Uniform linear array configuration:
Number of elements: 48
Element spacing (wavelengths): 1
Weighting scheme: hamming
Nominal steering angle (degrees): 15
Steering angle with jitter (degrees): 15.261
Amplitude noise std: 0.05
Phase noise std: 0.05

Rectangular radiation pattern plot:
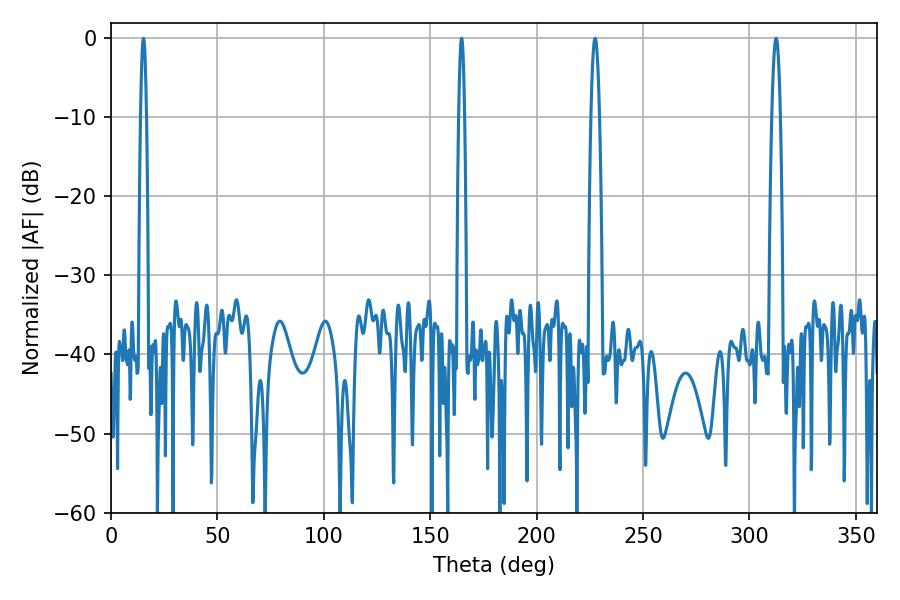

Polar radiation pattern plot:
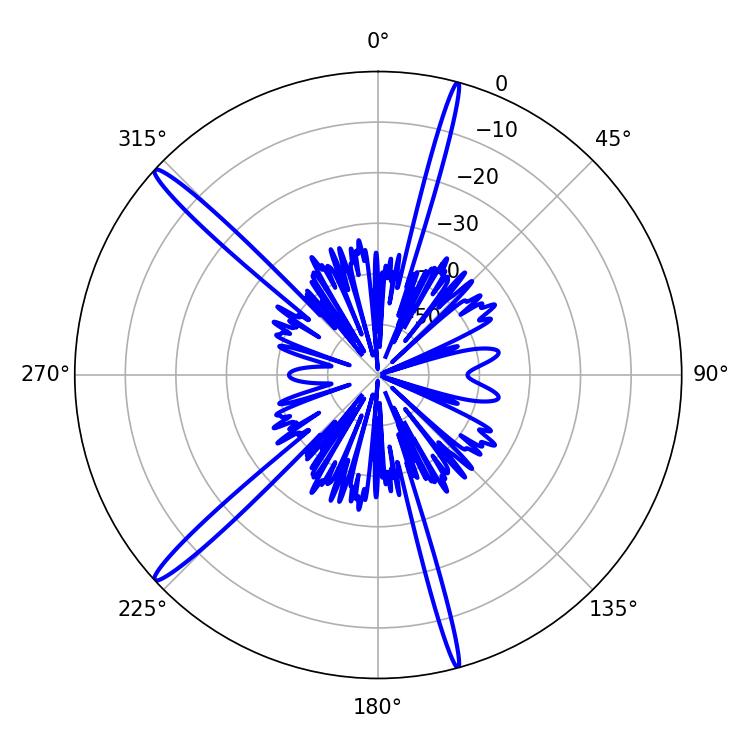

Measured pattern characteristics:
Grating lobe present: TRUE
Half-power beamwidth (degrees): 2.16
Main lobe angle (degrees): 227.52